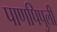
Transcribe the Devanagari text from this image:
पाणपिपुली